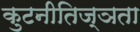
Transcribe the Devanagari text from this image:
कुटनीतिज्ञता